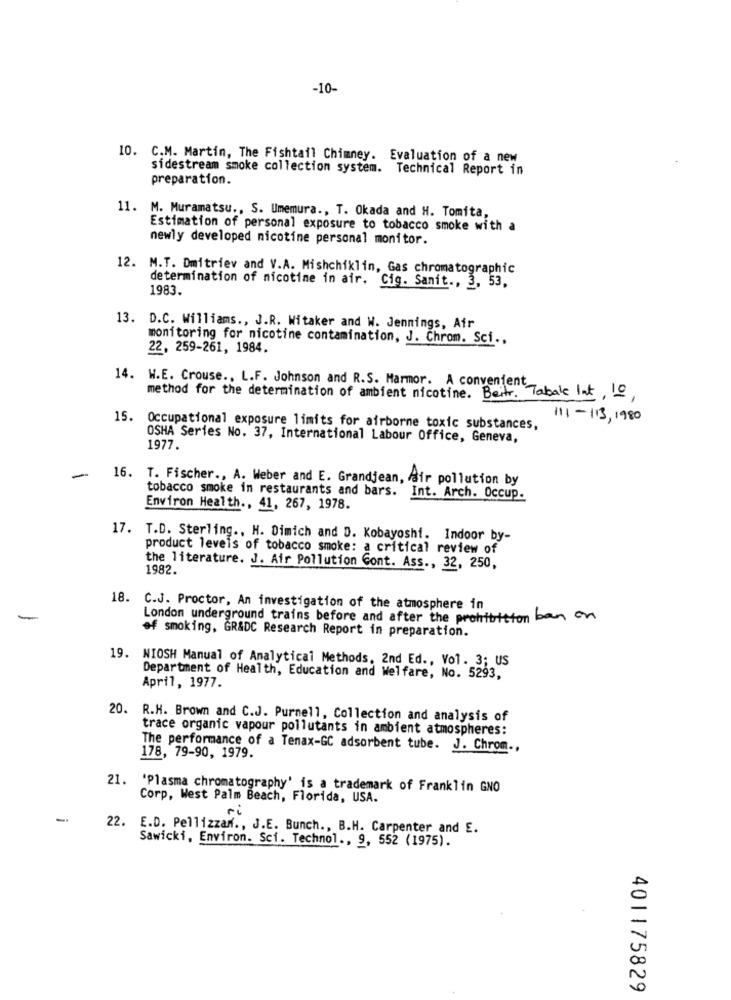
-10-
10. C.M. Martin, The Fishtail Chimney. Evaluation of a new
sidestream smoke collection system. Technical Report in
preparation.
11. M. Muramatsu ., S. Umemura ., T. Okada and H. Tomita,
Estimation of personal exposure to tobacco smoke with a
newly developed nicotine personal monitor.
12. M.T. Dmitriev and V.A. Mishchiklin, Gas chromatographic
determination of nicotine in air. Cig. Sanit ., 3, 53.
1983.
13. D.C. Williams ., J.R. Witaker and W. Jennings, Air
monitoring for nicotine contamination, J. Chrom. Sci .,
22, 259-261, 1984.
14. W.E. Crouse ., L.F. Johnson and R.S. Marmor. A convenient
method for the determination of ambient nicotine. Beitr. Tabale Int, 10,
111- 113, 1980
15. Occupational exposure limits for airborne toxic substances,
OSHA Series No. 37, International Labour Office, Geneva,
1977.
-
16. T. Fischer ., A. Weber and E. Grandjean, air pollution by
tobacco smoke in restaurants and bars. Int. Arch. Occup.
Environ Health ., 41, 267, 1978.
17. T.D. Sterling ., H. Dimich and D. Kobayoshi. Indoor by-
product levels of tobacco smoke: a critical review of
the literature. J. Air Pollution Cont. Ass ., 32, 250,
1982.
18. C.J. Proctor, An investigation of the atmosphere in
London underground trains before and after the prohibition ban on
of smoking, GR&DC Research Report in preparation.
19. NIOSH Manual of Analytical Methods, 2nd Ed ., Vol. 3; US
Department of Health, Education and Welfare, No. 5293,
April, 1977.
20. R.H. Brown and C.J. Purnell, Collection and analysis of
trace organic vapour pollutants in ambient atmospheres:
The performance of a Tenax-GC adsorbent tube. J. Chrom .,
178, 79-90, 1979.
21. 'Plasma chromatography' is a trademark of Franklin GNO
Corp, West Palm Beach, Florida, USA.
-
22. E.D. Pellizzan ., J.E. Bunch ., B.H. Carpenter and E.
Sawicki, Environ. Sci. Technol ., 9, 552 (1975).
401175829